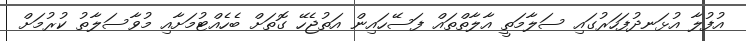
އުފުލާ އުޅަނދުފަހަރުގައި ސަލާމަތީ އާލާތްތައް ފަސޭހައިން އަތުޖެހޭ ގޮތަށް ބެހެއްޓުމަށާއި މުވާސަލާތު ކުރުމަށް